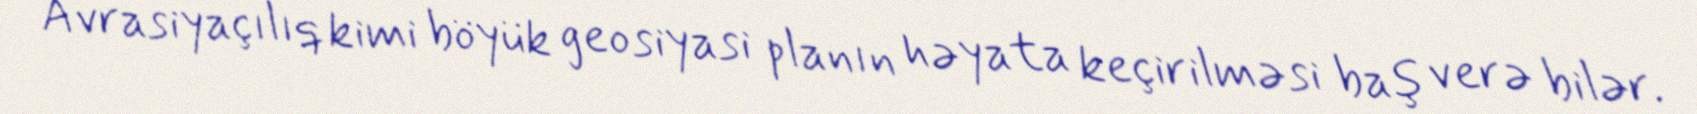
Avrasiyaçılıq kimi böyük geosiyasi planın həyata keçirilməsi baş verə bilər.